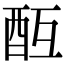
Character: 𨠂